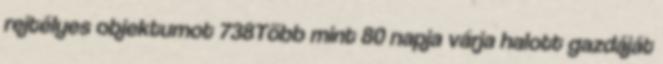
rejtélyes objektumot 738Több mint 80 napja várja halott gazdáját